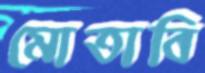
মোতাবি